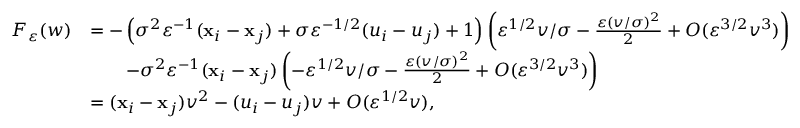
\begin{array} { r l } { F _ { \varepsilon } ( w ) } & { = - \left( \sigma ^ { 2 } \varepsilon ^ { - 1 } ( \mathbf { x } _ { i } - \mathbf { x } _ { j } ) + \sigma \varepsilon ^ { - 1 / 2 } ( u _ { i } - u _ { j } ) + 1 \right) \left( \varepsilon ^ { 1 / 2 } v / \sigma - \frac { \varepsilon ( v / \sigma ) ^ { 2 } } { 2 } + O ( \varepsilon ^ { 3 / 2 } v ^ { 3 } ) \right) } \\ & { \qquad - \sigma ^ { 2 } \varepsilon ^ { - 1 } ( \mathbf { x } _ { i } - \mathbf { x } _ { j } ) \left( - \varepsilon ^ { 1 / 2 } v / \sigma - \frac { \varepsilon ( v / \sigma ) ^ { 2 } } { 2 } + O ( \varepsilon ^ { 3 / 2 } v ^ { 3 } ) \right) } \\ & { = ( \mathbf { x } _ { i } - \mathbf { x } _ { j } ) v ^ { 2 } - ( u _ { i } - u _ { j } ) v + O ( \varepsilon ^ { 1 / 2 } v ) , } \end{array}